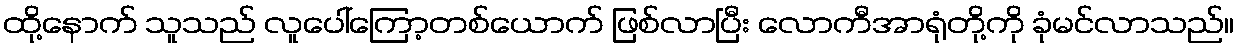
ထို့နောက် သူသည် လူပေါ်ကြော့တစ်ယောက် ဖြစ်လာပြီး လောကီအာရုံတို့ကို ခုံမင်လာသည်။